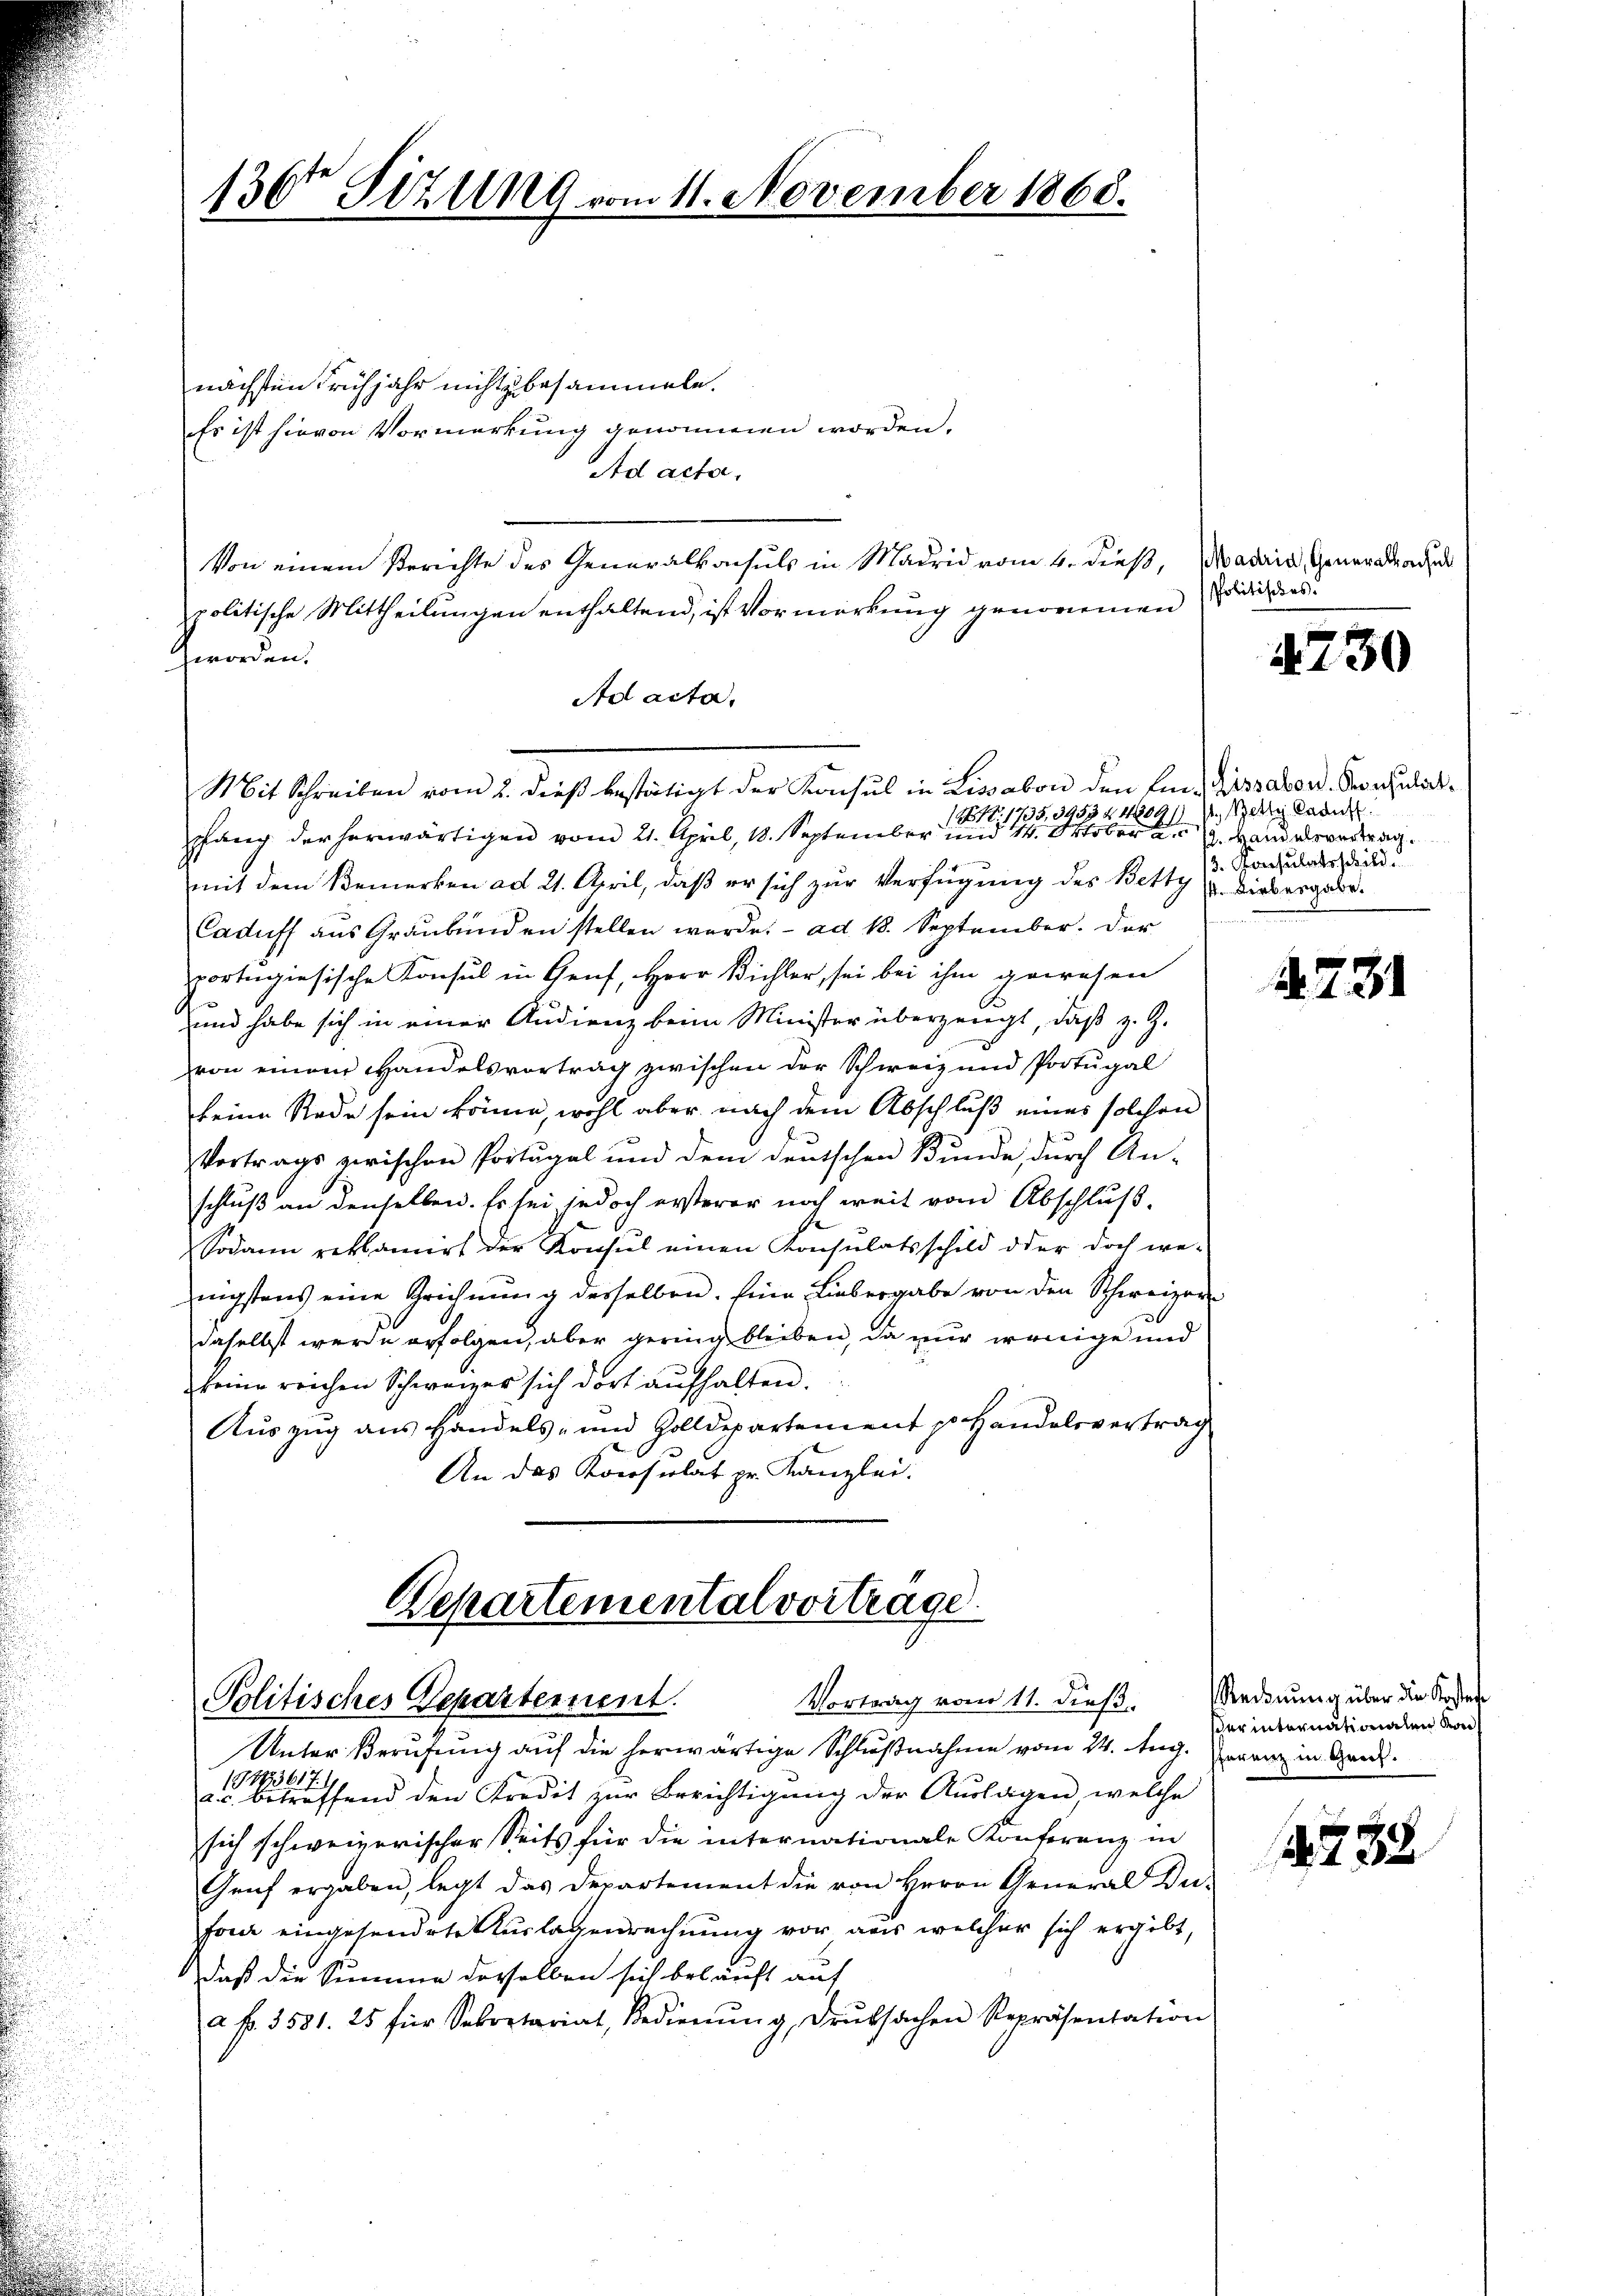
130 Sizung vom 11. November 1868.

nächsten Frühjahr nicht zu besammeln.
Es ist hievon Vormerkung genommen worden.
Ad acta.
politische Mittheilungen enthaltend, ist Vormerkung genommen
Zworden.
Ad acta.
Mit Schreiben vom 2. dieß bestätigt der Konsul in Lisabon den Eine Dissabond. Konsulat¬
1261. 1735,3953440911 sein kann
pfang der herwärtigen vom 21. April, 18. September und 14. Oktober 2.
mit dem Bemerken ad 21. April, daß er sich zur Verfügung des Betty u. Diebergabe.
Caduff aŭs Graubünden stellen werde. ad 18. September. Der
pportugiesische Konsul in Genf, Herr Bichler, sei bei ihm gewesen
und habe sich in einer Audienz beim Minister überzeugt, daß z. Z.
von einem Handelsvortrag zwischen der Schweiz und Portugal
keine Rade sein könne, wohl aber nach dem Abschluß eines solchen
Vortrags zwischen Portugal und dem deutschen Bunde, durch An-
schluß an denselben. Es sei jedoch ersterer noch weit vom Abschluß,
Sodann reklamirt der Konsul einen Konsulatsschuld oder doch wenigstens eine Grichnung derselben. Eine Liebergabe von den Schweizern
daselbst werde erfolgen, aber gering bleiben, da nur wenige und
keine reichen Schweizer sich dort aufhalten.
Auszug aus Handels- und Zolldepartement p Handelsvertrag
An das Konsulat pr. Kanzlei.

Von einem Berichte des Generalkonsuls in Madrid vom 4. dieß, Madria, Generaladen

Departemental vortrage.
Vortrag vom 11. dieß,
Politisches Departement.

Unter Berufung auf die herwärtige Schlußnahme vom 24. Aug. wenn in Handuffend den Kredit zur Berichtigung der Auslagen, welche
sich schweizerischer Seits für die internationale Konferenz in
Genf ergaben, legt das Departement die von Herrn General Du-
forde eingesendete Aŭslagenrechnung vor aus welcher sich ergibt,
daß die Summe derselben sich belauft auf
a. f. 3531. 25 für Sekretariat, Bedienŭng, Druksachen Repräsentation

Politisches.

4230

12. Handelsvertrag.
13. Konsulatsschild.

A.731

Rechnung über die Kosten
sher internationalen von

. 1. 22